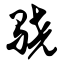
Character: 骁